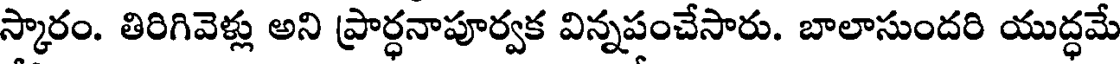
స్కారం. తిరిగివెళ్లు అని ప్రార్ధనాపూర్వక విన్నపంచేసారు. బాలాసుందరి యుద్ధమే